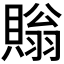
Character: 𧷜